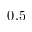
0 . 5